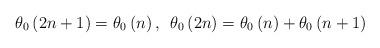
LaTeX: \begin{align*}\theta_{0}\left(2n+1\right)=\theta_{0}\left(n\right),\thinspace\thinspace\thinspace\theta_{0}\left(2n\right)=\theta_{0}\left(n\right)+\theta_{0}\left(n+1\right)\end{align*}